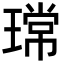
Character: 瑺